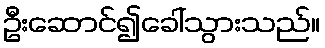
ဦးဆောင်၍ခေါ်သွားသည်။